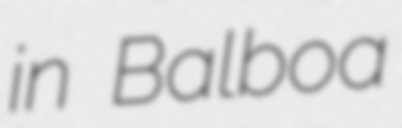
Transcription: in Balboa